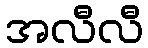
အလီလီ